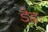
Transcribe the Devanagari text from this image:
डेडः